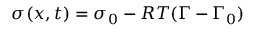
\sigma ( x , t ) = \sigma _ { 0 } - R T ( \Gamma - \Gamma _ { 0 } )